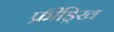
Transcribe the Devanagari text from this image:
फ्रीड्रिख